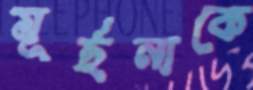
মূর্ছনাকে